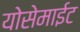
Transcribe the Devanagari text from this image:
योसेमाईट